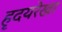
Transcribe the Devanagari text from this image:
हृदयरेखा